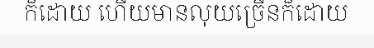
ក៏ដោយ ហើយមានលុយច្រើនក៏ដោយ